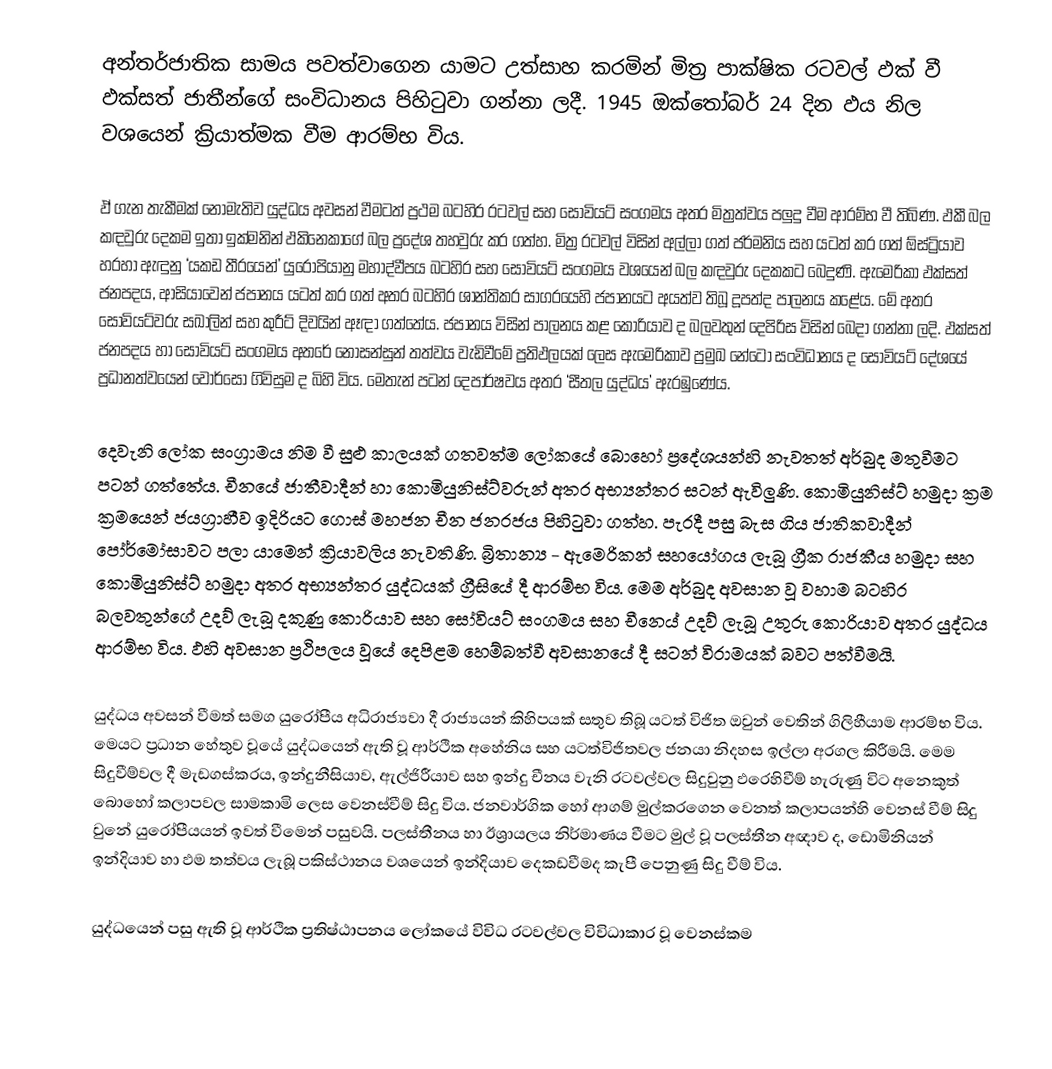
අන්තර්ජාතික සාමය පවත්වාගෙන යාමට  උත්සාහ කරමින් මිත්‍ර පාක්ෂික රටවල් ඵක් වී ඵක්සත් ජාතීන්ගේ සංවිධානය පිහිටුවා ගන්නා ලදී. 1945 ඔක්තෝබර් 24 දින ඵය නිල වශයෙන් ක්‍රියාත්මක වීම ආරම්භ විය.

ඵ් ගැන තැකීමක් නොමැතිව යුද්ධය අවසන් වීමටත් ප්‍රථම බටහිර රටවල් සහ සෝවියට් සංගමය අතර මිත්‍රත්වය පලුදු වීම ආරම්භ වී තිබිණ. ඵකී බල කඳවුරු දෙකම ඉතා ඉක්මනින් ඵකිනෙකාගේ බල ප්‍රදේශ තහවුරු කර ගත්හ. මිත්‍ර රටවල් විසින් අල්ලා ගත් ජර්මනිය සහ යටත් කර ගත් ඕස්ට්‍රියාව  හරහා ඇඳුනු ‘යකඩ තීරයෙන්’ යුරෝපියානු මහාද්වීපය බටහිර සහ සෝවියට් සංගමය වශයෙන් බල කඳවුරු දෙකකට බෙදුණි. ඇමෙරිකා ඵක්සත් ජනපදය, ආසියාවෙන් ජපානය යටත් කර ගත් අතර බටහිර ශාන්තිකර සාගරයෙහි ජපානයට අයත්ව තිබූ දූපත්ද පාලනය කළේය. මේ අතර සෝවියට්වරු සඛාලින් සහ කුරීට් දිවයින් ඈඳා ගත්තේය. ජපානය විසින් පාලනය කළ කොරියාව ද බලවතුන් දෙපිරිස විසින් බෙදා ගන්නා ලදි. ඵක්සත් ජනපදය හා සෝවියට් සංගමය අතරේ නොසන්සුන් තත්වය වැඩිවීමේ ප්‍රතිඵලයක් ලෙස ඇමෙරිකාව ප්‍රමුඛ නේටෝ සංවිධානය ද සෝවියට් දේශයේ ප්‍රධානත්වයෙන් වෝර්සෝ ගිවිසුම ද බිහි විය. මෙතැන් පටන්  දෙපාර්ෂවය අතර ‘සීතල යුද්ධය’ ඇරඹුණේය.

දෙවැනි ලෝක සංග්‍රාමය නිම වී සුළු කාලයක් ගතවත්ම ලෝකයේ බොහෝ ප්‍රදේශයන්හි නැවතත් අර්බුද මතුවීමට පටන් ගත්තේය. චීනයේ ජාතීවාදීන් හා කොමියුනිස්ට්වරුන් අතර අභ්‍යන්තර සටන් ඇවිලුණි. කොමියුනිස්ට් හමුදා ක්‍රම ක්‍රමයෙන් ජයග්‍රාහීව ඉදිරියට ගොස් මහජන චීන ජනරජය පිහිටුවා ගත්හ. පැරදී පසු බැස ගිය ජාතිකවාදීන් පෝර්මෝසාවට පලා යාමෙන් ක්‍රියාවලිය නැවතිණි. බ්‍රිතාන්‍ය - ඇමෙරිකන් සහයෝගය ලැබූ ග්‍රීක රාජකීය හමුදා සහ කොමියුනිස්ට් හමුදා අතර අභ්‍යන්තර යුද්ධයක් ග්‍රීසියේ දී ආරම්භ විය. මෙම අර්බුද අවසාන වූ වහාම බටහිර බලවතුන්ගේ උදව් ලැබූ දකුණු කොරියාව සහ සෝවියට් සංගමය සහ චීන‍ෙය් උදව් ලැබූ උතුරු කොරියාව අතර යුද්ධය ආරම්භ විය. ඵහි අවසාන ප්‍රථිපලය වූයේ දෙපිළම හෙම්බත්වී අවසානයේ දී සටන් විරාමයක් බවට පත්වීමයි.

යුද්ධය අවසන් වීමත් සමග යුරෝපීය අධිරාජ්‍යවා දී රාජ්‍යයන් කිහිපයක් සතුව තිබූ යටත් විජිත ඔවුන් වෙතින් ගිලිහීයාම ආරම්භ විය. මෙයට ප්‍රධාන හේතුව වූයේ  යුද්ධයෙන් ඇති වූ ආර්ථික අහේනිය සහ යටත්විජිතවල ජනයා නිදහස ඉල්ලා අරගල කිරීමයි. මෙම සිදුවීම්වල දී  මැඩගස්කරය,   ඉන්දුනීසියාව, ඇල්ජිරීයාව සහ ඉන්දු චීනය වැනි රටවල්වල සිදුවුනු ඵරෙහිවීම් හැරුණු විට අනෙකුත් බොහෝ කලාපවල සාමකාමි ලෙස වෙනස්වීම් සිදු විය. ජනවාර්ගික හෝ ආගම් මුල්කරගෙන වෙනත් කලාපයන්හි වෙනස් වීම් සිදු වුනේ යුරෝපීයයන් ඉවත් වීමෙන් පසුවයි. පලස්තීනය හා ඊශ්‍රායලය නිර්මාණය වීමට මුල් වූ පලස්තීන අඥාව ද, ඩොමිනියන් ඉන්දියාව හා ඵම තත්වය ලැබූ පකිස්ථානය වශයෙන් ඉන්දියාව දෙකඩවීමද කැපී පෙනුණු සිදු වීම් විය.

යුද්ධයෙන් පසු ඇති වූ ආර්ථික ප්‍රතිෂ්ඨාපනය ලෝකයේ විවිධ රටවල්වල විවිධාකාර වූ වෙනස්කම